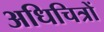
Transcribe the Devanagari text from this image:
अधिचित्रों